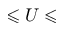
\leqslant U \leqslant